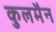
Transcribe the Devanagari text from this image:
कुलमैन